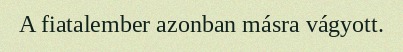
A fiatalember azonban másra vágyott.